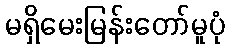
မရှိမေးမြန်းတော်မူပုံ